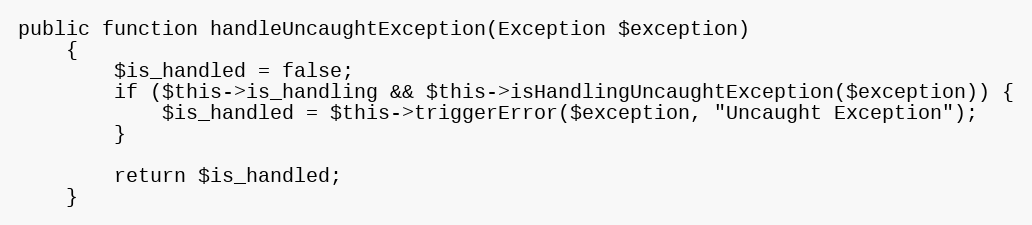
Language: PHP
public function handleUncaughtException(Exception $exception)
    {
        $is_handled = false;
        if ($this->is_handling && $this->isHandlingUncaughtException($exception)) {
            $is_handled = $this->triggerError($exception, "Uncaught Exception");
        }

        return $is_handled;
    }